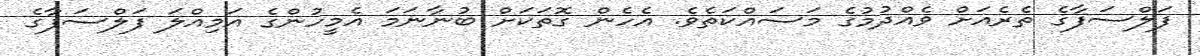
ފަލްސަފާގެ ތެރެއަށް ވެއްދުމުގެ މަސައްކަތެވެ. އެހެން ގޮތަކަށް ބުނާނަމަ އެމީހުންގެ އަމިއްލަ ފަލްސަފާގެ